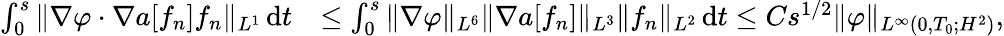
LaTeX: \begin{array}{rl}{\int_{0}^{s}\| \nabla\varphi\cdot\nabla a[f_{n}]f_{n}\| _{L^{1}}\, \mathrm{d}t}&{\le\int_{0}^{s}\| \nabla\varphi\| _{L^{6}}\| \nabla a[f_{n}]\| _{L^{3}}\| f_{n}\| _{L^{2}}\, \mathrm{d}t\le Cs^{1/2}\| \varphi\| _{L^{\infty}(0,T_{0};H^{2})},}\end{array}